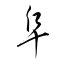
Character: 阜